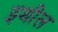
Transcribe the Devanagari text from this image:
इथील